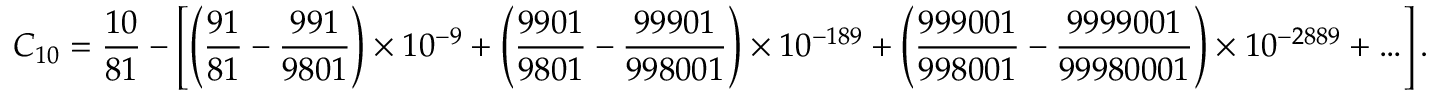
C _ { 1 0 } = { \frac { 1 0 } { 8 1 } } - \left[ \left( { \frac { 9 1 } { 8 1 } } - { \frac { 9 9 1 } { 9 8 0 1 } } \right) \times 1 0 ^ { - 9 } + \left( { \frac { 9 9 0 1 } { 9 8 0 1 } } - { \frac { 9 9 9 0 1 } { 9 9 8 0 0 1 } } \right) \times 1 0 ^ { - 1 8 9 } + \left( { \frac { 9 9 9 0 0 1 } { 9 9 8 0 0 1 } } - { \frac { 9 9 9 9 0 0 1 } { 9 9 9 8 0 0 0 1 } } \right) \times 1 0 ^ { - 2 8 8 9 } + \ldots \right] .